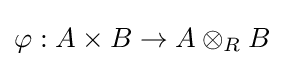
\varphi :A\times B\to A\otimes _{R}B